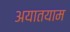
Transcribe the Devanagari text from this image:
अयातयाम